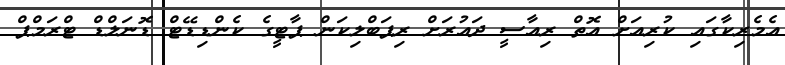
އެމެރިކާގައި ކުރިއަށް އޮތް ރިއާސީ ދައުރަށް ރިޕަބްލިކަން ޕާޓީގެ ކެންޑިޑޭޓް ޑޮނަލްޑް ޓްރަމްޕް